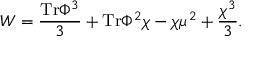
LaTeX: W = { \frac { \mathrm { T r } \Phi ^ { 3 } } { 3 } } + \mathrm { T r } \Phi ^ { 2 } \chi - \chi \mu ^ { 2 } + { \frac { \chi ^ { 3 } } { 3 } } .